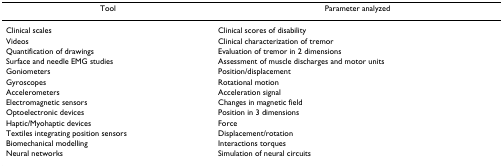
<table><thead><tr><td><b>Tool</b></td><td><b>Parameter analyzed</b></td></tr></thead><tbody><tr><td>Clinical scales</td><td>Clinical scores of disability</td></tr><tr><td>Videos</td><td>Clinical characterization of tremor</td></tr><tr><td>Quantification of drawings</td><td>Evaluation of tremor in 2 dimensions</td></tr><tr><td>Surface and needle EMG studies</td><td>Assessment of muscle discharges and motor units</td></tr><tr><td>Goniometers</td><td>Position/displacement</td></tr><tr><td>Gyroscopes</td><td>Rotational motion</td></tr><tr><td>Accelerometers</td><td>Acceleration signal</td></tr><tr><td>Electromagnetic sensors</td><td>Changes in magnetic field</td></tr><tr><td>Optoelectronic devices</td><td>Position in 3 dimensions</td></tr><tr><td>Haptic/Myohaptic devices</td><td>Force</td></tr><tr><td>Textiles integrating position sensors</td><td>Displacement/rotation</td></tr><tr><td>Biomechanical modelling</td><td>Interactions torques</td></tr><tr><td>Neural networks</td><td>Simulation of neural circuits</td></tr></tbody></table>